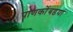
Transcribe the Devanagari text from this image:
पाणकोंबडया